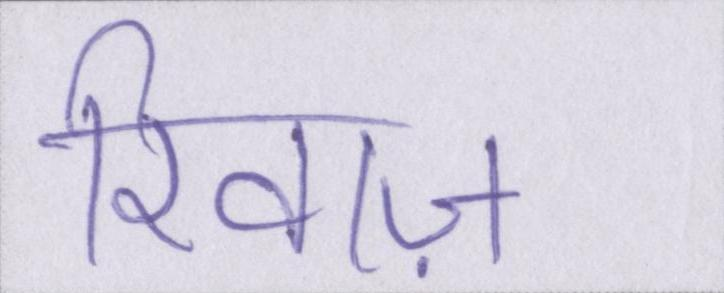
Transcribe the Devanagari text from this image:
रिवाज़